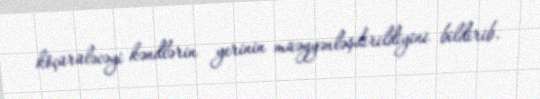
köçürüləcəyi kəndlərin yerinin müəyyənləşdirildiyini bildirib.